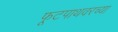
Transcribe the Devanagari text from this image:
फूटपाथवरच्या